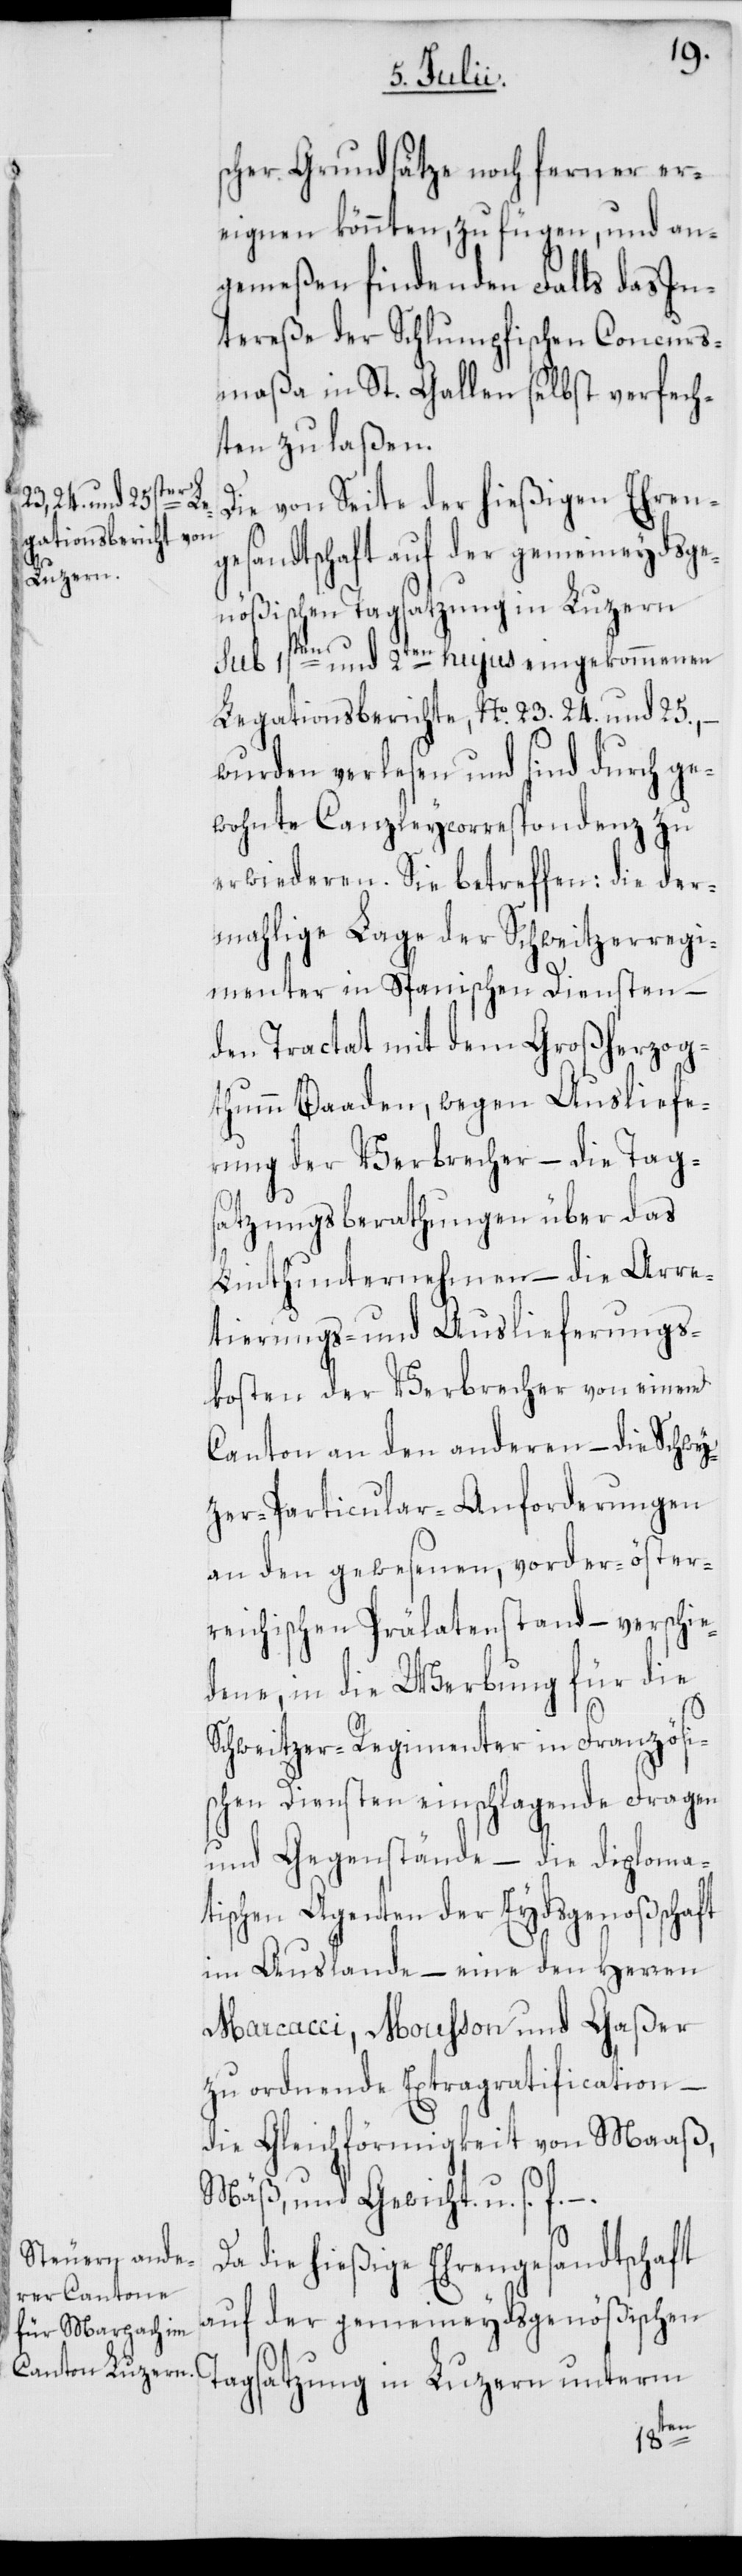
scher Grundsätze noch ferner er¬
eignen könnten, zu fügen, und an¬
gemeßen findenden Falls das In¬
tereße der Schlumpfischen Concurs¬
maßa in St. Gallen selbst verfech¬
ten zu laßen.
Die von Seite der hießigen Ehren¬
gesandtschaft auf der gemeineydsge¬
nößischen Tagsatzung in Luzern
sub 1sten und 2ten hujus eingekommenen
Legationsberichte, No. 23. 24 und 25., –
wurden verlesen und sind durch ge¬
wohnte Canzleycorrespondenz zu
erwiederen. Sie betreffen: die der¬
mahlige Lage der Schweitzerregi¬
menter in Spanischen Diensten –
den Tractat mit dem Großherzog¬
thumm Baaden, wegen Ausliefe¬
rung der Verbrecher – die Tag¬
satzungsberathungen über das
Linthunternehmen – die Arre¬
tierungs- und Auslieferungs¬
kosten der Verbrecher von einem
Canton an den anderen – die Schwy¬
tzer-Particular-Anforderungen
an den gewesenen, vorder-öster¬
reichischen Prälatenstand – verschie¬
dene, in die Werbung für die
Schweitzer-Regimenter in Französi¬
schen Diensten einschlagende Fragen
und Gegenstände – die diploma¬
tischen Agenten der Eydsgenoßenschaft
im Auslande – eine den Herren
Marcacci, Mousson und Gaßer
zu ordnende Extragratification –
die Gleichförmigkeit von Maaß,
Mäß, und Gewicht. u. s. f. –.
unterm